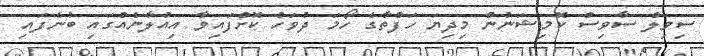
ސިވިލް ސާވިސް ކޮމިޝަނުން މިދިޔަ ހަފްތާގެ ހޯމަ ދުވަހު ކޮށްފައިވާ އިއުލާނެއްގައި ބުނެފައި